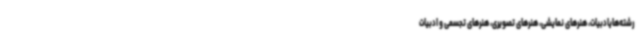
رشته‌هایادبیات، هنرهای نمایشی، هنرهای تصویری، هنرهای تجسمی و ادبیات